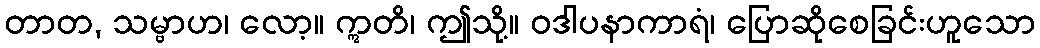
တာတ, သမ္ဗာဟ၊ လော့။ ဣတိ၊ ဤသို့။ ဝဒါပနာကာရံ၊ ပြောဆိုစေခြင်းဟူသော